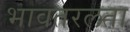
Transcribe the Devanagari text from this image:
भावतरलता